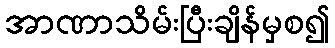
အာဏာသိမ်းပြီးချိန်မှစ၍